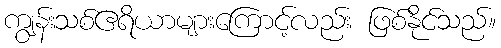
ကျွန်းသစ်ဧရိယာများကြောင့်လည်း ဖြစ်နိုင်သည်။